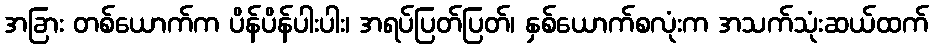
အခြား တစ်ယောက်က ပိန်ပိန်ပါးပါး၊ အရပ်ပြတ်ပြတ်၊ နှစ်ယောက်စလုံးက အသက်သုံးဆယ်ထက်